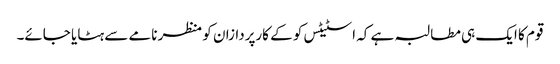
قوم کا ایک ہی مطالبہ ہے کہ اسٹیٹس کو کے کارپردازان کو منظر نامے سے ہٹایا جائے۔